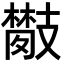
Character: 𢻦